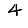
Digit: 4